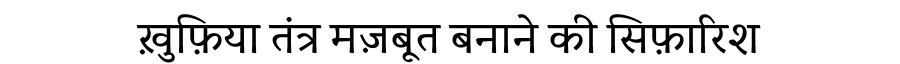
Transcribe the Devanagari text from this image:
ख़ुफ़िया तंत्र मज़बूत बनाने की सिफ़ारिश